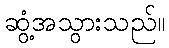
ဆွံ့အသွားသည်။